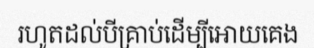
រហូតដល់បីគ្រាប់ដើម្បីអោយគេង